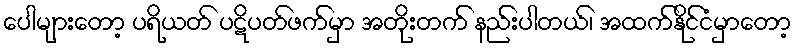
ပေါများတော့ ပရိယတ် ပဋိပတ်ဖက်မှာ အတိုးတက် နည်းပါတယ်၊ အထက်နိုင်ငံမှာတော့